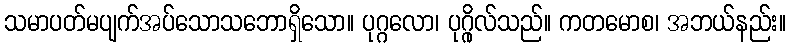
သမာပတ်မပျက်အပ်သောသဘောရှိသော။ ပုဂ္ဂလော၊ ပုဂ္ဂိုလ်သည်။ ကတမောစ၊ အဘယ်နည်း။